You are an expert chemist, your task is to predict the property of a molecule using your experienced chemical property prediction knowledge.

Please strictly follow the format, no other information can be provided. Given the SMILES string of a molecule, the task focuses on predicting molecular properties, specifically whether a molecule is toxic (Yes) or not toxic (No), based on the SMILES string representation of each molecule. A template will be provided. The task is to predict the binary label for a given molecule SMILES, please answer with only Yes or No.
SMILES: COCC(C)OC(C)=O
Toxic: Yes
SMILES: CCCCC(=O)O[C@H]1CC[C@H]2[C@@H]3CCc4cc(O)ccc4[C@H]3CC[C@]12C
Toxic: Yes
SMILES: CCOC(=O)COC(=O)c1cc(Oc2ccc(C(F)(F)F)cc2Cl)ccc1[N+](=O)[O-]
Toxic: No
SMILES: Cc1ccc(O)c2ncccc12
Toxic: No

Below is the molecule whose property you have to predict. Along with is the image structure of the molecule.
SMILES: CC(Cl)C(Cl)Cl
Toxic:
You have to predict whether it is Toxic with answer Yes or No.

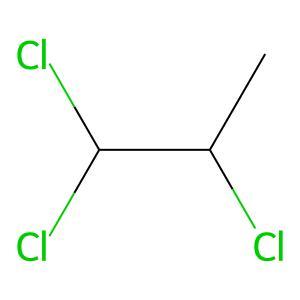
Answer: No